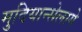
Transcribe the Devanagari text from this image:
मुदियान्सेलागे